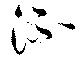
流